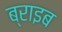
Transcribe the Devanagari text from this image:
ब्राइब